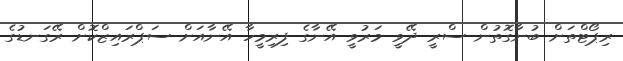
ރިޕޯޓްތަށް ބުނާގޮތުން ސްރީ ދޭވީ މަރުވީ އޭނާގެ ފިރިމީހާ އޭނާއަށް ސަޕްރައިޒްކޮށް ރޭގަނޑުގެ